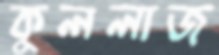
কুললাজ